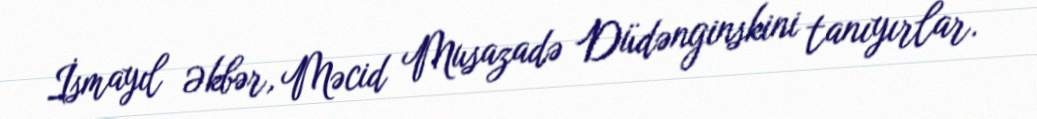
İsmayıl Əkbər, Məcid Musazadə Düdənginskini tanıyırlar.